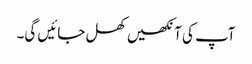
آپ کی آنکھیں کھل جائیں گی۔